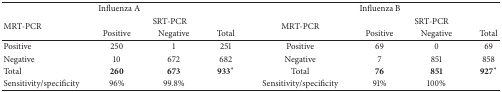
<table><thead><tr><td colspan="4"><b>Influenza A</b></td><td colspan="4"><b>Influenza B</b></td></tr><tr><td rowspan="2"><b>MRT-PCR</b></td><td colspan="3"><b>SRT-PCR</b></td><td rowspan="2"><b>MRT-PCR</b></td><td colspan="3"><b>SRT-PCR</b></td></tr><tr><td><b>Positive</b></td><td><b>Negative</b></td><td><b>Total</b></td><td><b>Positive</b></td><td><b>Negative</b></td><td><b>Total</b></td></tr></thead><tbody><tr><td>Positive </td><td>250</td><td>1</td><td>251</td><td>Positive </td><td>69</td><td>0</td><td>69</td></tr><tr><td>Negative </td><td>10</td><td>672</td><td>682</td><td>Negative </td><td>7</td><td>851</td><td>858</td></tr><tr><td>Total</td><td><b>260</b></td><td><b>673</b></td><td><b>933</b><sup>*</sup></td><td>Total</td><td><b>76</b></td><td><b>851</b></td><td><b>927</b><sup>*</sup></td></tr><tr><td>Sensitivity/specificity</td><td>96%</td><td>99.8%</td><td> </td><td>Sensitivity/specificity</td><td>91%</td><td>100%</td><td> </td></tr></tbody></table>